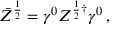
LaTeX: \bar { Z } ^ { \frac { 1 } { 2 } } = \gamma ^ { 0 } Z ^ { \frac { 1 } { 2 } \dagger } \gamma ^ { 0 } \, ,